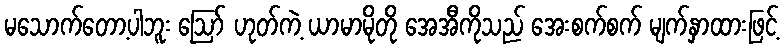
မသောက်တော့ပါဘူး ဪ ဟုတ်ကဲ့ ယာမာမိုတို အေအီကိုသည် အေးစက်စက် မျက်နှာထားဖြင့်